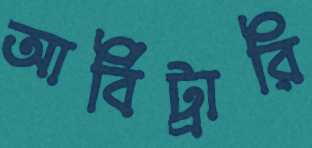
আর্বিট্রারি